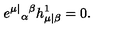
e ^ { \mu | } { } _ { \alpha } { } ^ { \beta } h _ { \mu | \beta } ^ { 1 } = 0 .